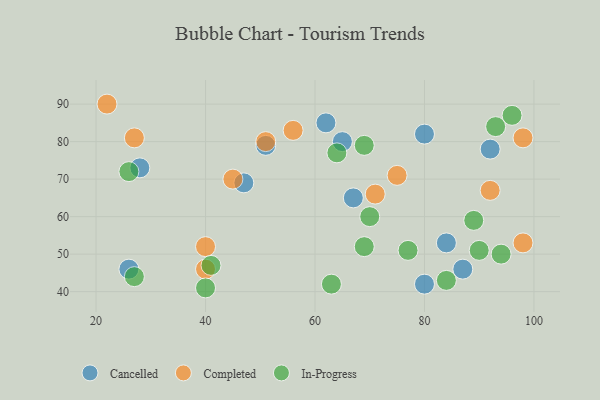
{"axis": {"x": "GDP", "y": "Life Expectancy"}, "legend": ["Cancelled", "Completed", "In-Progress"], "data": [{"x": "87", "y": 46, "type": "Cancelled"}, {"x": "67", "y": 65, "type": "Cancelled"}, {"x": "92", "y": 78, "type": "Cancelled"}, {"x": "80", "y": 82, "type": "Cancelled"}, {"x": "51", "y": 79, "type": "Cancelled"}, {"x": "65", "y": 80, "type": "Cancelled"}, {"x": "62", "y": 85, "type": "Cancelled"}, {"x": "47", "y": 69, "type": "Cancelled"}, {"x": "80", "y": 42, "type": "Cancelled"}, {"x": "26", "y": 46, "type": "Cancelled"}, {"x": "28", "y": 73, "type": "Cancelled"}, {"x": "84", "y": 53, "type": "Cancelled"}, {"x": "27", "y": 81, "type": "Completed"}, {"x": "98", "y": 53, "type": "Completed"}, {"x": "98", "y": 81, "type": "Completed"}, {"x": "40", "y": 52, "type": "Completed"}, {"x": "56", "y": 83, "type": "Completed"}, {"x": "92", "y": 67, "type": "Completed"}, {"x": "40", "y": 46, "type": "Completed"}, {"x": "75", "y": 71, "type": "Completed"}, {"x": "51", "y": 80, "type": "Completed"}, {"x": "22", "y": 90, "type": "Completed"}, {"x": "45", "y": 70, "type": "Completed"}, {"x": "71", "y": 66, "type": "Completed"}, {"x": "96", "y": 87, "type": "In-Progress"}, {"x": "93", "y": 84, "type": "In-Progress"}, {"x": "77", "y": 51, "type": "In-Progress"}, {"x": "94", "y": 50, "type": "In-Progress"}, {"x": "90", "y": 51, "type": "In-Progress"}, {"x": "26", "y": 72, "type": "In-Progress"}, {"x": "84", "y": 43, "type": "In-Progress"}, {"x": "63", "y": 42, "type": "In-Progress"}, {"x": "41", "y": 47, "type": "In-Progress"}, {"x": "69", "y": 52, "type": "In-Progress"}, {"x": "69", "y": 79, "type": "In-Progress"}, {"x": "64", "y": 77, "type": "In-Progress"}, {"x": "27", "y": 44, "type": "In-Progress"}, {"x": "89", "y": 59, "type": "In-Progress"}, {"x": "70", "y": 60, "type": "In-Progress"}, {"x": "40", "y": 41, "type": "In-Progress"}]}